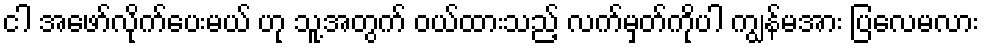
ငါ အဖော်လိုက်ပေးမယ် ဟု သူ့အတွက် ဝယ်ထားသည့် လက်မှတ်ကိုပါ ကျွန်မအား ပြလေမလား